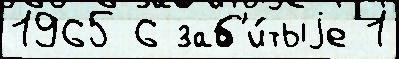
1965 6 заб'и́тыjе 1